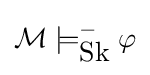
{\mathcal {M}}\models _{\mbox{Sk}}^{-}\varphi